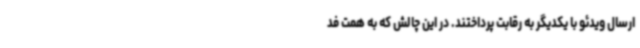
ارسال ویدئو با یکدیگر به رقابت پرداختند. در این چالش که به همت فد